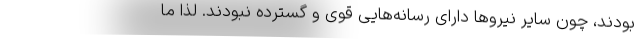
بودند، چون سایر نیروها دارای رسانه‌هایی قوی و گسترده نبودند. لذا ما